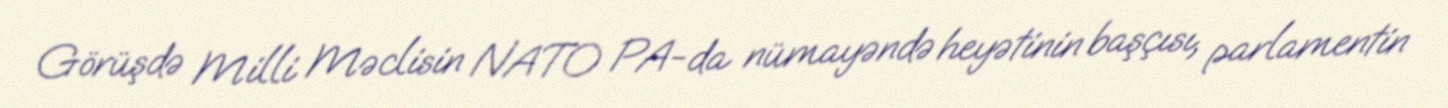
Görüşdə Milli Məclisin NATO PA-da nümayəndə heyətinin başçısı, parlamentin